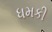
ધમકી